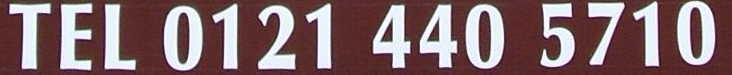
TEL 0121 440 5710